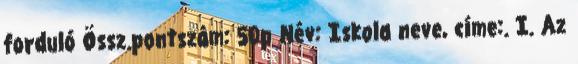
forduló Össz.pontszám: 50p Név: Iskola neve, címe:. I. Az